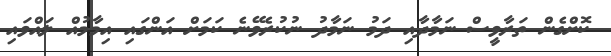
ކޮށްގެން ތަރާވީސް ނަމާދާއި ދަމު ނަމާދު ނުކުރެވޭނެ ކަމަށް އަންގައި އިމާމުއް ލައްވައި